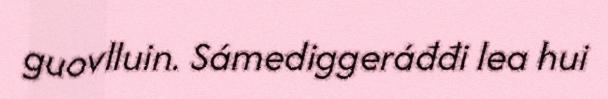
guovlluin. Sámediggeráđđi lea hui